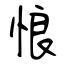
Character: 悢